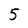
Character: 5